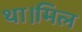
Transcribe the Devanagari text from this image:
था।मिल